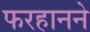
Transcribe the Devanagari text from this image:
फरहानने